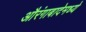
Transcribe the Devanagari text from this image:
औरंगाबादेमध्ये